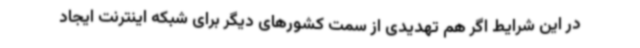
در این شرایط اگر هم تهدیدی از سمت کشورهای دیگر برای شبکه اینترنت ایجاد